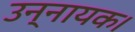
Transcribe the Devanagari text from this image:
उन्नायक।